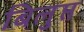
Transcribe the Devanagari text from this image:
बिलुप्त